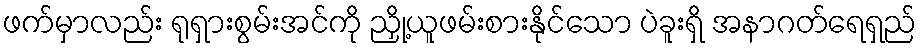
ဖက်မှာလည်း ရုရှားစွမ်းအင်ကို ညှို့ယူဖမ်းစားနိုင်သော ပဲခူးရှိ အနာဂတ်ရေရှည်